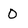
Character: O